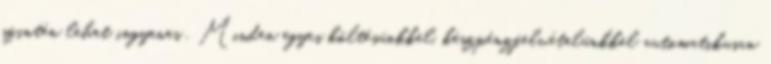
szintén lehet ingyenes . Minden egyes költésünkkel, készpénzfelvételünkkel automatikusan